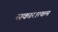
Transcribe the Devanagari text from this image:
सकारात्‍कम